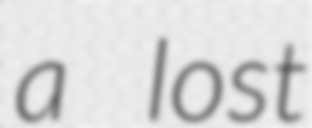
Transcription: a lost